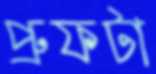
প্রুফটা